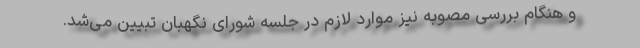
و هنگام بررسی مصوبه نیز موارد لازم در جلسه شورای نگهبان تبیین می‌شد.